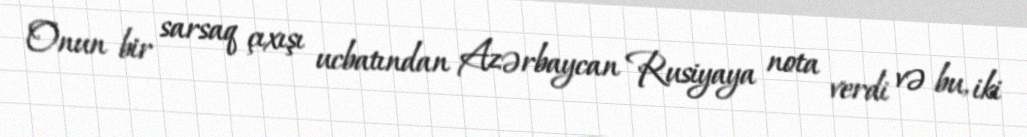
Onun bir sarsaq çıxışı ucbatından Azərbaycan Rusiyaya nota verdi və bu, iki